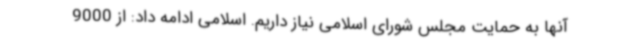
آنها به حمایت مجلس شورای اسلامی نیاز داریم. اسلامی ادامه داد: از 9000